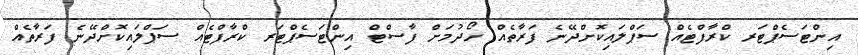
އިންޓަސެޕްޓަރ ކްރާފްޓެއް ސަޕްލައިކޮށްދޭނެ ފަރާތެއް ހޯދުމަށް ފާސްޓް އިންޓަސެޕްޓަރ ކްރާފްޓެއް ސަޕްލައިކޮށްދޭނެ ފަރާތެއް